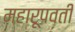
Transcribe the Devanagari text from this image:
महारूपवती